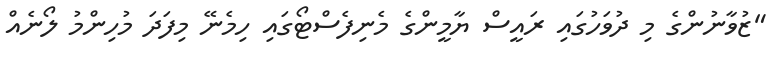
"ޒުވާނުންގެ މި ދުވަހުގައި ރައީސް ޔާމީންގެ މެނިފެސްޓޯގައި ހިމެނޭ މިފަދަ މުހިންމު ލޯނެއް